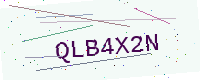
Text: QLB4X2N